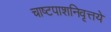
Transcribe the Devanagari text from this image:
चाष्टपाशनिवृत्तये